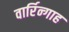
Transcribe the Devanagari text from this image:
वार्रिन्गाह